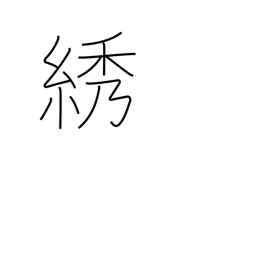
Meaning: embroidery